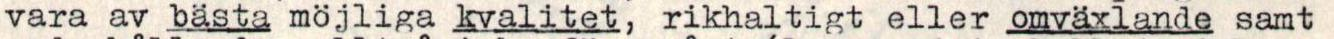
vara av bästa möjliga kvalitet, rikhaltigt eller omväxlande samt